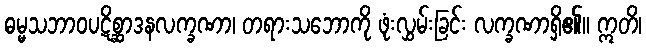
ဓမ္မသဘာဝပဋိစ္ဆာဒနလက္ခဏာ၊ တရားသဘောကို ဖုံးလွှမ်းခြင်း လက္ခဏာရှိ၏။ ဣတိ၊